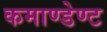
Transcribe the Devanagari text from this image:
कमाण्डेण्ट